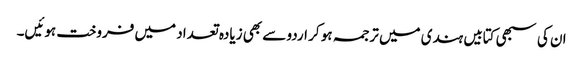
ان کی سبھی کتابیں ہندی میں ترجمہ ہو کر اردو سے بھی زیادہ تعداد میں فروخت ہوئیں۔